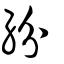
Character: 紛